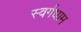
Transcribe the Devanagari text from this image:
स्वर्गधाम